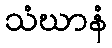
သံဃာနံ